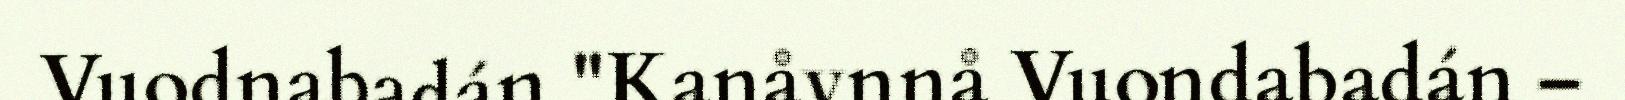
Vuodnabadán "Kanåvnnå Vuondabadán –